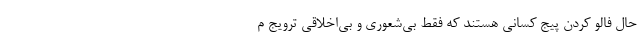
حال فالو کردن پیج کسانی هستند که فقط بی‌شعوری و بی‌اخلاقی ترویج م